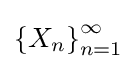
\left\{X_{n}\right\}_{n=1}^{\infty }